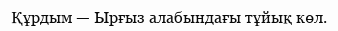
Құрдым — Ырғыз алабындағы тұйық көл.